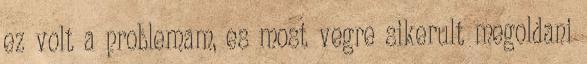
ez volt a problemam, es most vegre sikerult megoldani